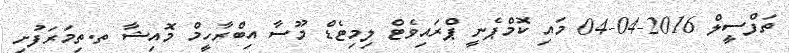
ތަފްސީލް 2016-04-04 މައި ކޮމްޕެނީ ޕްރައިވެޓް ލިމިޓެޑް މޫސާ އިބްރާހީމް މޮއިޝާ ތ.ތިމަރަފުށި